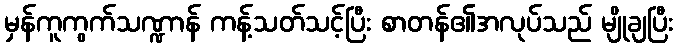
မှန်ကူကွက်သဏ္ဍာန် ကန့်သတ်သင့်ပြီး စာတန်၏အလုပ်သည် မျိုချပြီး